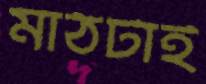
মাঠটাই